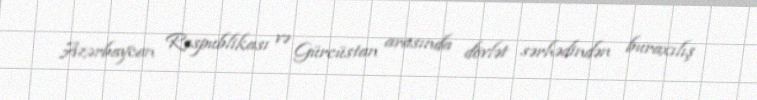
Azərbaycan Respublikası və Gürcüstan arasında dövlət sərhədindən buraxılış